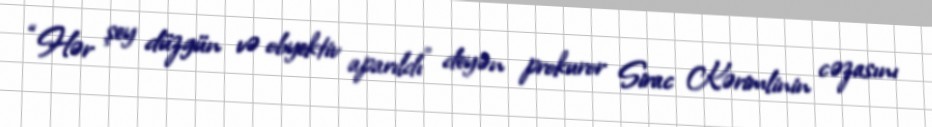
“Hər şey düzgün və obyektiv aparıldı” deyən prokuror Sirac Kərimlinin cəzasını